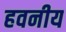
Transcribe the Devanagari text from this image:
हवनीय